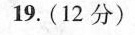
19.(12分)